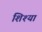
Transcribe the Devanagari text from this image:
शिश्या